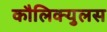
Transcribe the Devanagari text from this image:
कौलिक्युलस